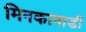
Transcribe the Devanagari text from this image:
मिनकानाडी